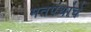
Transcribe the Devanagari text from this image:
मतपंथांचे